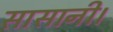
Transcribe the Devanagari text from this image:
सासानी।